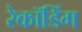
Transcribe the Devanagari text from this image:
रेकॉडिंग